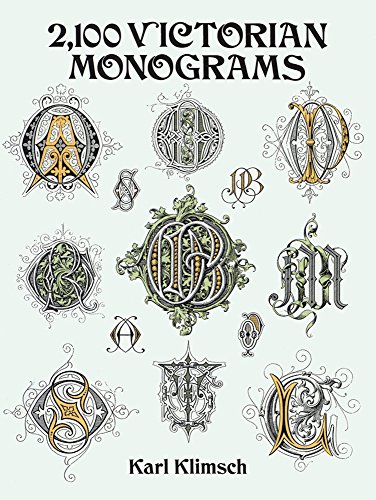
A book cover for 2,100 Victorian Monograms (Lettering, Calligraphy, Typography); Karl Klimsch; Arts & Photography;